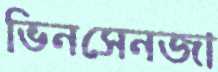
ভিনসেনজা